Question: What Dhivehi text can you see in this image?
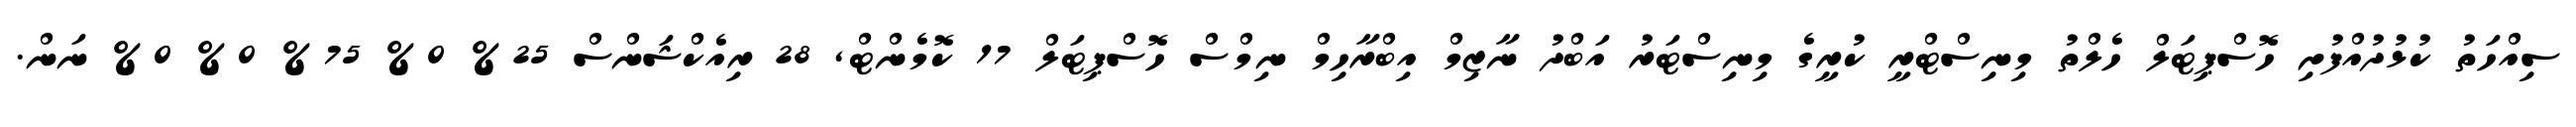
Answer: ސިއްހަތު ކުޅުދުއްފުށި ހޮސްޕިޓަލް ހެލްތު މިނިސްޓްރީ ކުރީގެ މިނިސްޓަރު އަބްދު ނާޒިމް އިބްރާހިމް ނިމްސް ހޮސްޕިޓަލް 17 ކޮމެންޓް, 28 ރިއެކްޝަންސް 25% 0% 75% 0% 0% ނަން.